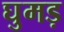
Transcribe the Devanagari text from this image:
घुमड़